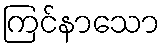
ကြင်နာသော